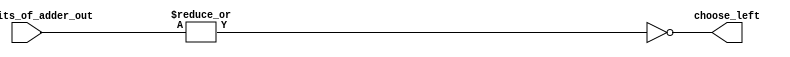
module mantessa_mux_1 (most_bits_of_adder_out , choose_left);
input [2:0]most_bits_of_adder_out;
output reg choose_left;
always@(*)
begin
    choose_left = ~| most_bits_of_adder_out;
end
endmodule